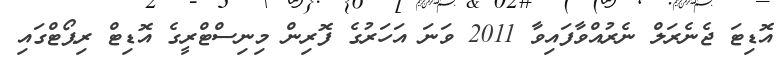
އޮޑިޓަ ޖެނެރަލް ނެރުއްވާފައިވާ 2011 ވަނަ އަހަރުގެ ފޮރިން މިނިސްޓްރީގެ އޮޑިޓް ރިޕޯޓްގައި